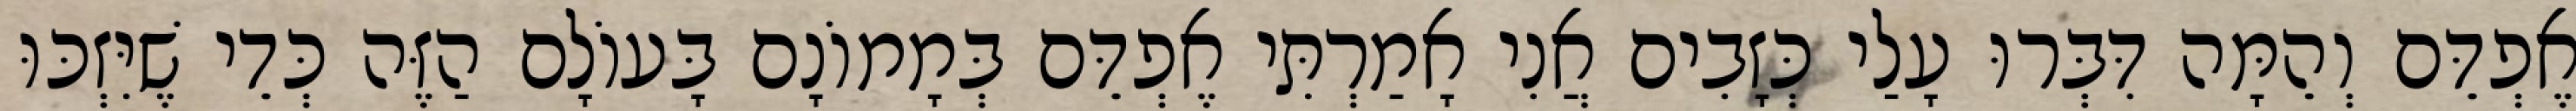
אֶפְדֵּם וְהֵמָּה דִּבְּרוּ עָלַי כְּזָבִים אֲנִי אָמַרְתִּי אֶפְדֵּם בְּמָמוֹנָם בָּעוֹלָם הַזֶּה כְּדֵי שֶׁיִּזְכּוּ